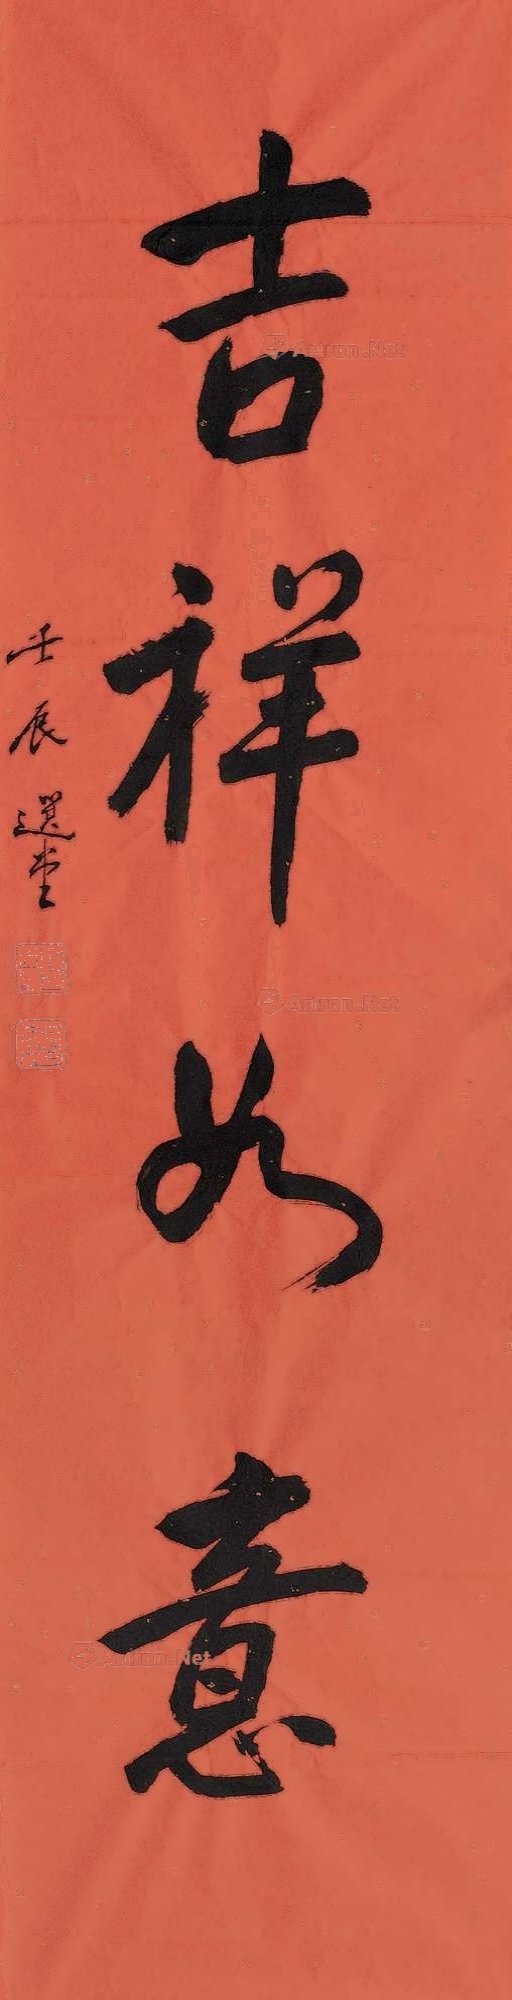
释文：吉祥如意壬辰 选堂